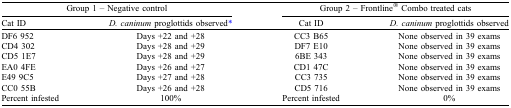
| <COLSPAN=2> Group 1 – Negative control | <COLSPAN=2> Group 2 – Frontline® Combo treated cats |
 | Cat ID | D. caninum proglottids observed* | Cat ID | D. caninum proglottids observed |
 | --- | --- | --- | --- |
 | DF6 952 | Days +22 and +28 | CC3 B65 | None observed in 39 exams |
 | CD4 302 | Days +28 and +29 | DF7 E10 | None observed in 39 exams |
 | CD5 1E7 | Days +28 and +29 | 6BE 343 | None observed in 39 exams |
 | EA0 4FE | Days +26 and +27 | CD1 47C | None observed in 39 exams |
 | E49 9C5 | Days +27 and +28 | CC3 735 | None observed in 39 exams |
 | CC0 55B | Days +26 and +28 | CD5 716 | None observed in 39 exams |
 | Percent infested | 100% | Percent infested | 0% |